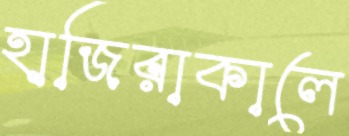
হাজিরাকালে